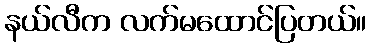
နယ်လီက လက်မထောင်ပြတယ်။